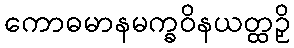
ကောဓမာနမက္ခဝိနယတ္ထဉှိ